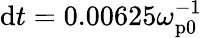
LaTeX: \mathrm{d}t=0.00625\omega_{\mathrm{p0}}^{-1}